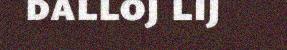
dalloj lij